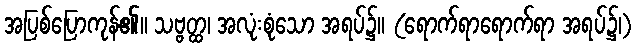
အပြစ်ပြောကုန်၏။ သဗ္ဗတ္ထ၊ အလုံးစုံသော အရပ်၌။ (ရောက်ရာရောက်ရာ အရပ်၌၊)